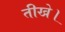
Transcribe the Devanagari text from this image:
तीखे।